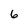
Character: 6